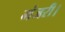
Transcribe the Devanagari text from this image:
मंजरी।